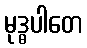
မုဒ္ဓပါတေ